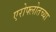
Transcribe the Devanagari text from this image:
एरोफ्लोतच्या